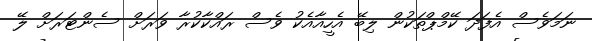
ނަމަވެސް އެފަދަ ކޭމްޕްތަކުން ލިބޭ އެހީއާއެކު ވެސް ރައްކާކުރާ ވަރަށް ސެންޓަރަށް ލޭ